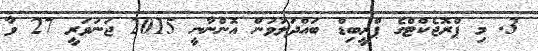
3. މި ޕްރޮޖެކްޓްގެ ޕްރީބިޑް ބައްދަލުވުން އޮންނާނީ 2015 ޖަނަވަރީ 27 ވާ